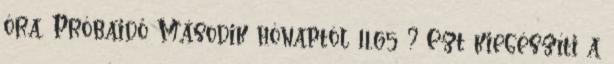
óra. Próbaidő Második hónaptól 11,65 ? Ezt kiegészíti a